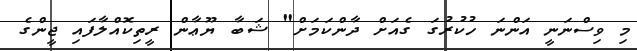
މި ވިސްނަނީ އަންނަ ހުކުރުގަ ގެއަށް ދާންކަމަށް" ޝަބާ ޔޫޢާން ރީތިކޮއްލާފައި ޖީންގެ